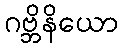
ဂဗ္ဘိနိယော